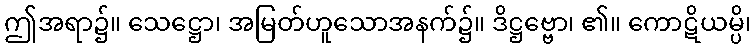
ဤအရာ၌။ သေဋ္ဌော၊ အမြတ်ဟူသောအနက်၌။ ဒိဋ္ဌဗ္ဗော၊ ၏။ ကောဋိယမ္ပိ၊